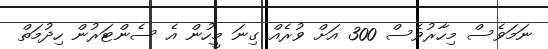
ނަމަވެސް މިހާރުވެސް 300 އަށް ވުރެއް ގިނަ މީހުން އެ ސެންޓަރުން ހިދުމަތް